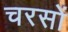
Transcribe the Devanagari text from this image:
चरसों